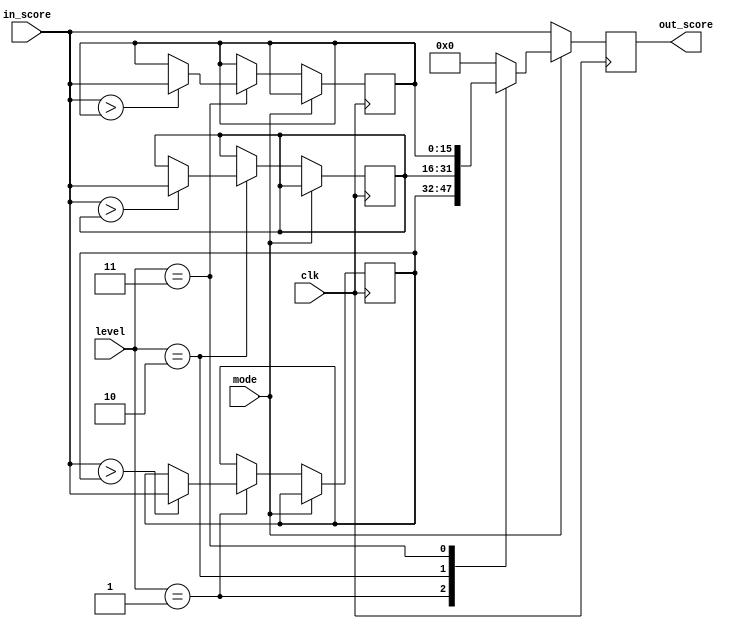
`timescale 1ns / 1ps
//////////////////////////////////////////////////////////////////////////////////
// Company: 
// Engineer: 
// 
// Design Name: 
// Module Name:    high_score 
// Project Name: 
// Target Devices: 
// Tool versions: 
// Description: 
//
// Dependencies: 
//
// Revision: 
// Revision 0.01 - File Created
// Additional Comments: 
//
//////////////////////////////////////////////////////////////////////////////////
module high_score(
    input clk,
    input mode,
    input [1:0] level, 
    input [15:0] in_score,
    output [15:0] out_score
    );

    reg [15:0] hi_score_lv1;
    reg [15:0] hi_score_lv2;
    reg [15:0] hi_score_lv3;
    reg [15:0] out_score_reg;
    initial
    begin
        hi_score_lv1 = 0;
        hi_score_lv2 = 0;
        hi_score_lv3 = 0;
        out_score_reg = 0;
    end
    always @ (posedge clk)
    begin
        if (mode)
        begin
            case (level)
            2'b01: out_score_reg <= hi_score_lv1;
            2'b10: out_score_reg <= hi_score_lv2;
            2'b11: out_score_reg <= hi_score_lv3;
            default: out_score_reg <= 0;
            endcase
        end
        else
        begin
            if (level == 2'b01)
            begin
                if (in_score > hi_score_lv1)
                    hi_score_lv1 <= in_score;
            end
            
            if (level == 2'b10)
            begin
                if (in_score > hi_score_lv2)
                    hi_score_lv2 <= in_score;
            end
            
            if (level == 2'b11)
            begin
                if (in_score > hi_score_lv3)
                    hi_score_lv3 <= in_score;
            end
            
            out_score_reg <= in_score;
        end
    end
    
    assign out_score = out_score_reg;
endmodule